system: You are a helpful assistant.
user:
Analyze the provided spectrum to determine if it is a **S-type Star**.

- **Key Indicators for S-type Star:**

    - **(Overall Spectrum Shape):** The first and most obvious characteristic is the overall continuum (the "baseline" shape). It is **extremely "red-sloping,"** meaning the flux (light intensity) is very low on the left side (blue, ~4000-4500 Å) and rises steeply and continuously toward the right side (red, ~7000 Å+).

    - **(Primary):** The spectrum is defined by the presence of strong, broad molecular absorption "valleys" (bands) from **Zirconium Oxide (ZrO)**. The identification of these bands is the **primary requirement** for classifying a star as S-type.
        - **(Key Bandheads):** You must find distinct, deep "dips" where the light has been absorbed. The most critical band systems to locate are:
            - **~6474 Å** ($\gamma$-system): This is often the strongest and clearest ZrO feature, found in the red part of the spectrum.
            - **~5718 Å** & **~5551 Å** ($\beta$-system): A pair of prominent absorption features in the yellow-orange part of the spectrum.
            - **~4640 Å** ($\alpha$-system): A key absorption band system in the blue-green region of the spectrum.

    - **(Secondary Confirmation):** The classification is strengthened by finding additional absorption bands from other related heavy element oxides, which are expected to be present alongside ZrO.
        - **(Key Bandheads):**
            - **Yttrium Oxide (YO):** Look for absorption dips near **~4800 Å** and **~6100 Å**.
            - **Lanthanum Oxide (LaO):** Additional absorption features, particularly in the red-orange part of the spectrum, are also characteristic.

    - **(Line Profile):** The combination of the steep red continuum and these numerous, deep molecular bands (ZrO, YO, etc.) gives the entire spectrum a very **"chopped-up"** or **"bumpy"** appearance. Instead of a smooth curve, the spectrum looks as though large, wide chunks of light have been "carved out" of it at the specific wavelengths listed above.

Think first, call **spectral_visualization_tool** if needed to examine features in detail, then provide your final answer. Your response must adhere to the following strict rules:
1.  **Overall Structure:** Your response must follow the format `<think>...</think> <tool_call>...</tool_call> (if a tool is used) <answer>...</answer>`.
2.  **Tool Usage Constraint:** You may only make **one** tool call per turn.
3.  **Final Answer Format:** In the `<answer>` tag, your conclusion must be inside a `\boxed{}` command (e.g., `\boxed{YES}` or `\boxed{NO}`), followed by your justification.

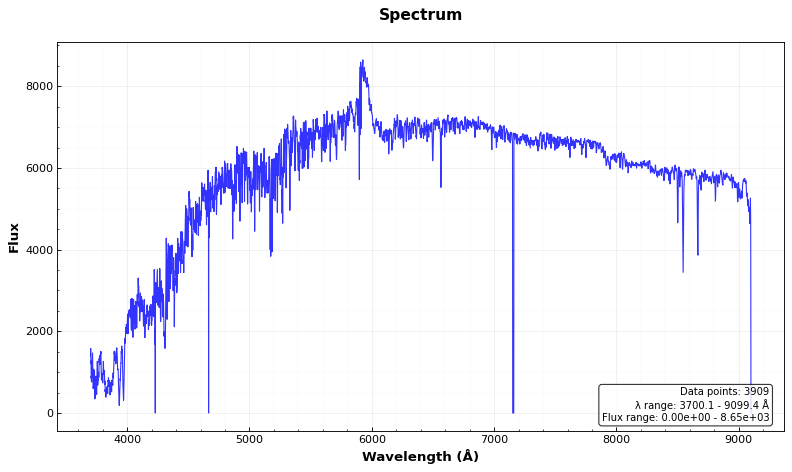
Answer: NO